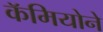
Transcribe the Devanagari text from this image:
कॅमियोने